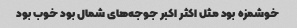
خوشمزه بود مثل اکثر اکبر جوجه‌های شمال بود خوب بود